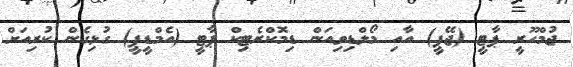
ޖުމްހޫރީ ޕާޓީ (ޖޭޕީ) އާއި މޯލްޑިވިއަން ޑިމޮކްރެޓިކް ޕާޓީ (އެމްޑީޕީ) ގުޅިގެން ކުރިއަށް